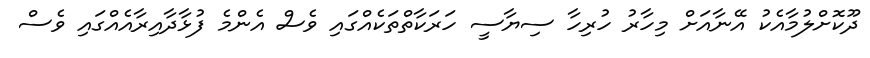
ދޫކޮށްލުމާއެކު އޭނާއަށް މިހާރު ހުރިހާ ސިޔާސީ ހަރަކާތްތަކެއްގައި ވެސް އެންމެ ފުޅާދާއިރާއެއްގައި ވެސް